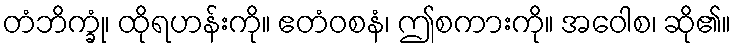
တံဘိက္ခုံ၊ ထိုရဟန်းကို။ ဧတံဝစနံ၊ ဤစကားကို။ အဝေါစ၊ ဆို၏။